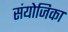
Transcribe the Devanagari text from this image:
संयोजिका